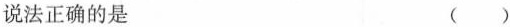
说法正确的是 （ ）